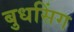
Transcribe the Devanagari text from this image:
बुधसिंग